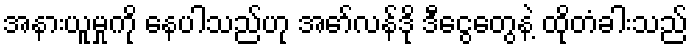
အနားယူမှုကို နေပါသည်ဟု အော်လန်ဒို ဒီငွေတွေနဲ့ ထိုတံခါးသည်